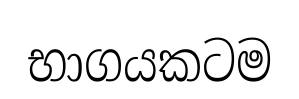
භාගයකටම